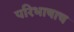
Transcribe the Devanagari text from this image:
परिभाषाच